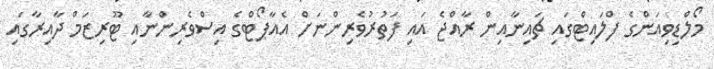
މޯލްޑިވިއަންގެ ފްލައިޓްގައި ޗައިނާއިން ރާއްޖެ އައި ފަތުރުވެރިންނަށް އެއާޕޯޓްގެ އިސްވެރިންނާއި ޓޫރިޒަމް ދާއިރާގައި